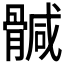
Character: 𩩴